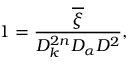
1 = \frac { \overline { { { \xi } } } } { D _ { k } ^ { 2 n } D _ { \alpha } D ^ { 2 } } ,